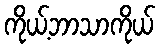
ကိုယ့်ဘာသာကိုယ်